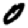
Digit: 0